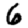
Digit: 6